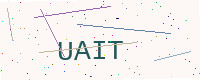
Text: UAIT